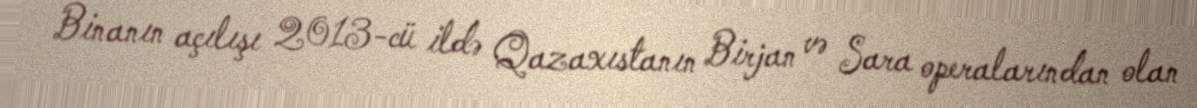
Binanın açılışı 2013-cü ildə Qazaxıstanın Birjan və Sara operalarından olan